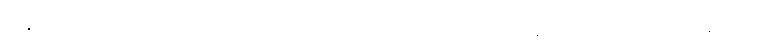
မနှစ်ရဲ့ စက်တင်ဘာလက ဒီကို ရောက်လာတာပါ၊ အခု မြန်မာဘာသာ သင်နေတယ်၊